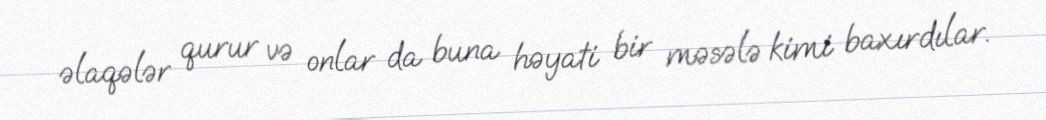
əlaqələr qurur və onlar da buna həyati bir məsələ kimi baxırdılar.